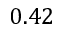
0 . 4 2